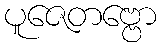
ပူဇေတဗ္ဗော